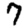
Digit: 7